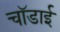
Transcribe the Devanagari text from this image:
चॉडाई